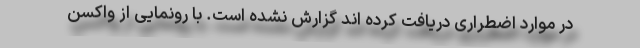
در موارد اضطراری دریافت کرده اند گزارش نشده است. با رونمایی از واکسن